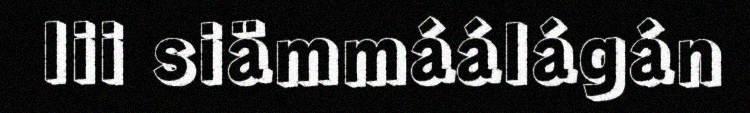
lii siämmáálágán